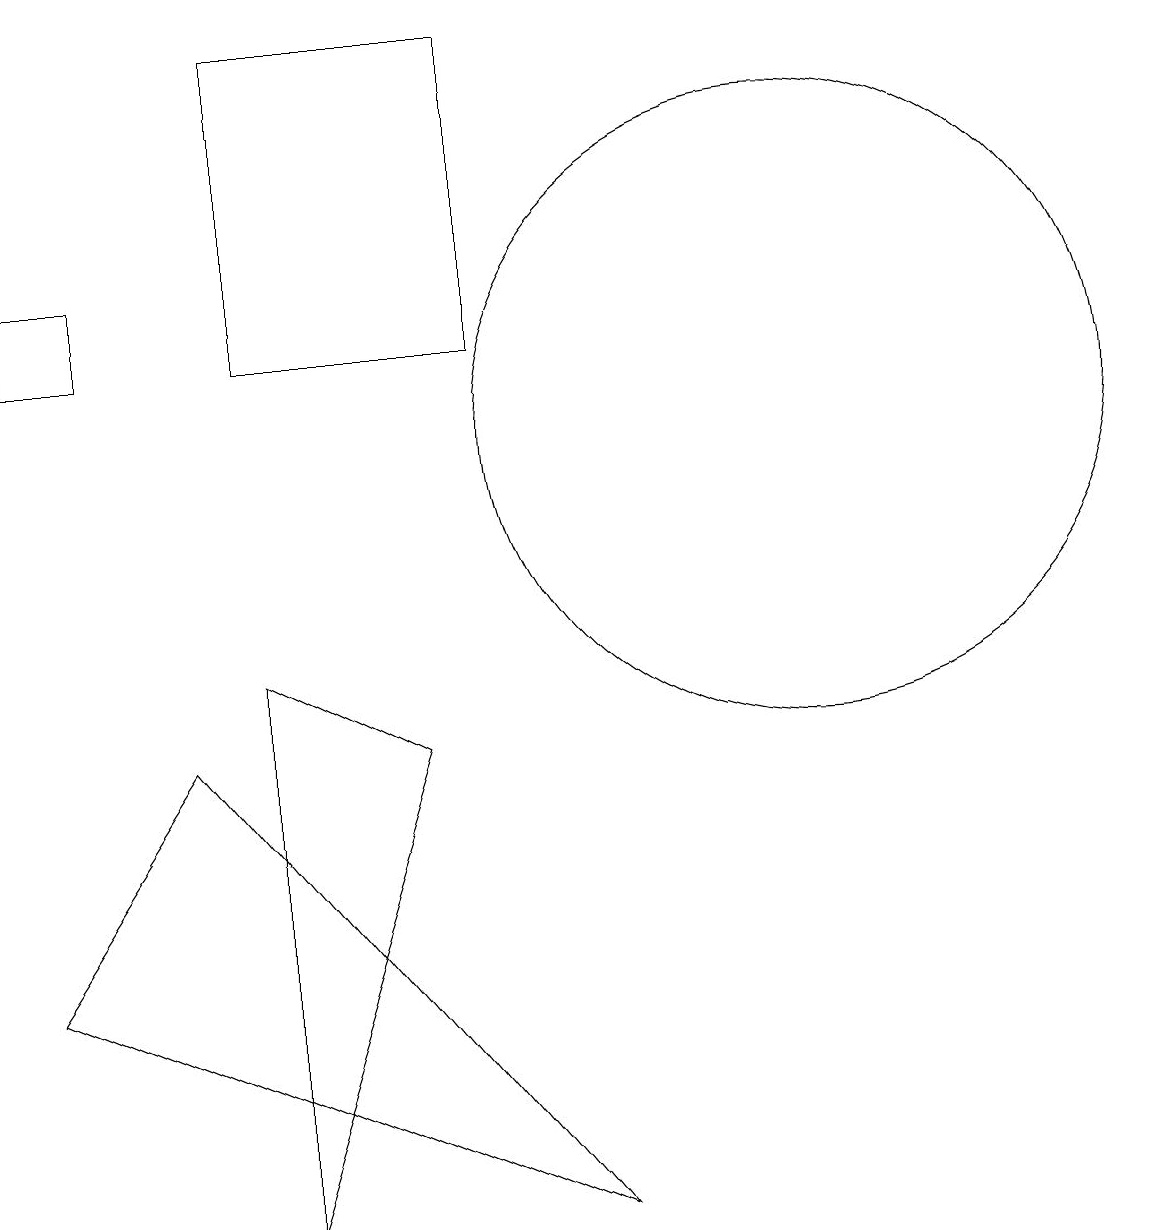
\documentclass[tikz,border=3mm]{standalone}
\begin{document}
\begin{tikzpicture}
\draw (3,8) -- (3,1) -- (5,7) -- cycle;
\draw (1,13) rectangle (0,12);
\draw (11,11) circle (0);
\draw (10,11) circle (4);
\draw (2,7) -- (7,1) -- (0,4) -- cycle;
\draw (3,16) rectangle (6,12);
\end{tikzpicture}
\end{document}